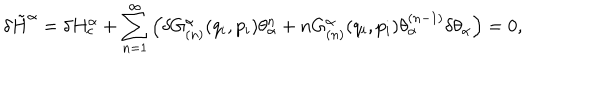
\delta \tilde { H } ^ { \alpha } = \delta H _ { c } ^ { \alpha } + \sum _ { n = 1 } ^ { \infty } \left( \delta G _ { ( n ) } ^ { \alpha } ( q _ { i } , p _ { i } ) \theta _ { \alpha } ^ { n } + n G _ { ( n ) } ^ { \alpha } ( q _ { i } , p _ { i } ) \theta _ { \alpha } ^ { ( n - 1 ) } \delta \theta _ { \alpha } \right) = 0 ,